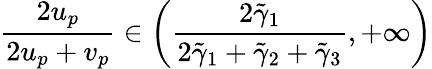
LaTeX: \frac{2u_{p}}{2u_{p}+v_{p}}\in\left(\frac{2\tilde{\gamma}_{1}}{2\tilde{\gamma}_{1}+\tilde{\gamma}_{2}+\tilde{\gamma}_{3}},+\infty\right)